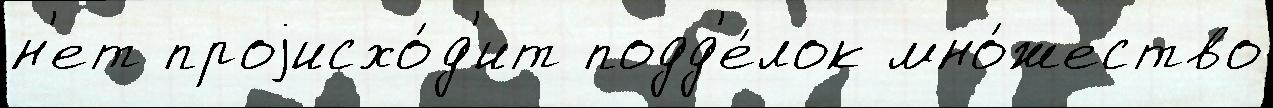
н'ет проjисхо́д'ит подд'е́лок мно́жество